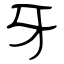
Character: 牙